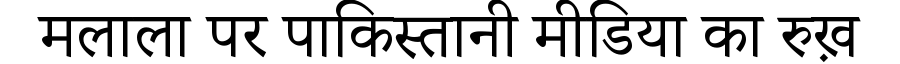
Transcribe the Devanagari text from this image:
मलाला पर पाकिस्तानी मीडिया का रुख़